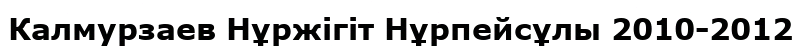
Калмурзаев Нұржігіт Нұрпейсұлы 2010-2012